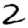
Digit: 2